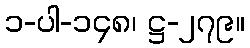
၁-ပါ-၁၄၈၊ ဋ္ဌ-၂၇၉။